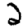
Digit: 2